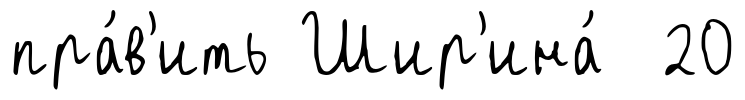
пра́в'ить Шир'ина́ 20